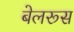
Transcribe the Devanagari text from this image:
बेलरूस